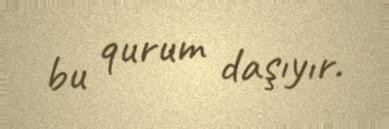
bu qurum daşıyır.